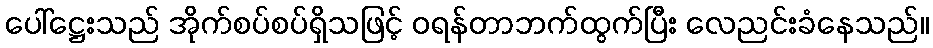
ပေါ်ဋ္ဌေးသည် အိုက်စပ်စပ်ရှိသဖြင့် ဝရန်တာဘက်ထွက်ပြီး လေညင်းခံနေသည်။